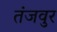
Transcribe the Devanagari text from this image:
तंजवुर